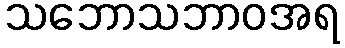
သဘောသဘာဝအရ